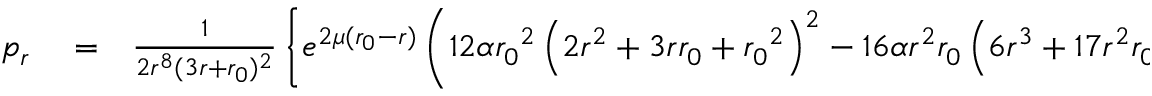
\begin{array} { r l r } { p _ { r } } & { { } = } & { \frac { 1 } { 2 r ^ { 8 } ( 3 r + { r _ { 0 } } ) ^ { 2 } } \left\lbrace e ^ { 2 \mu ( { r _ { 0 } } - r ) } \left( 1 2 \alpha { r _ { 0 } } ^ { 2 } \left( 2 r ^ { 2 } + 3 r { r _ { 0 } } + { r _ { 0 } } ^ { 2 } \right) ^ { 2 } - 1 6 \alpha r ^ { 2 } { r _ { 0 } } \left( 6 r ^ { 3 } + 1 7 r ^ { 2 } { r _ { 0 } } \right. \right. \right. } \end{array}